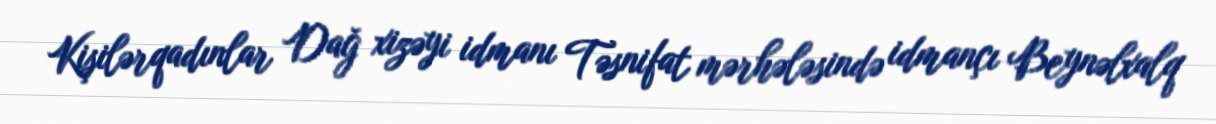
Kişilərqadınlar Dağ xizəyi idmanı Təsnifat mərhələsində idmançı Beynəlxalq